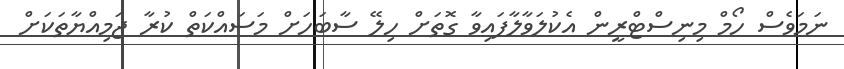
ނަމަވެސް ހޯމް މިނިސްޓްރީން އެކުލަވާލާފައިވާ ގޮތަށް ހިލޭ ސާބަހަށް މަސައްކަތް ކުރާ ޖަމިއްޔާތަކަށް